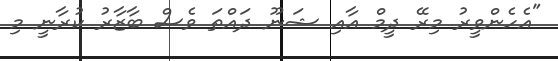
"އެހެންވީރު މިރޭ ދީމް އާއި ޝަނޫ ދައްތަ ވެސް ބާޒާރު ކުރާނީ މި